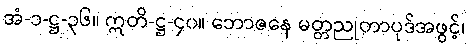
အံ-၁-ဋ္ဌ-၃၆။ ဣတိ-ဋ္ဌ-၄၀။ ဘောဇနေ မတ္တညုတာပုဒ်အဖွင့်၊